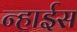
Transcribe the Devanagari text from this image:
न्हाईस